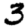
Digit: 3